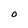
Character: O